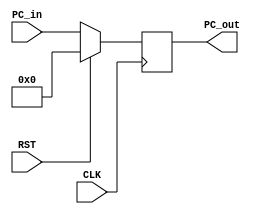
module program_counter(
	input CLK, RST,
	input [31:0] PC_in,
	output reg [31:0] PC_out
);
	always @(posedge CLK) begin
		if (RST) begin
			PC_out <= 'd0;
		end else begin
			PC_out <= PC_in;
		end
	end

endmodule